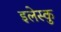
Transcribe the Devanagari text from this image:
इलेस्कु